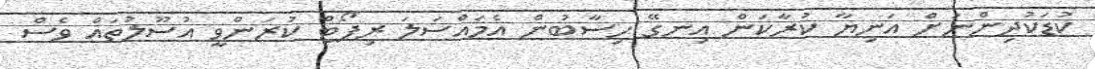
ކުޑަކުދިންނަށް އަނިޔާ ކުރާކަން އިނގޭ ހިސާބުން އެމައްސަލަ ރިޕޯޓް ކުރަންވީ އުސޫލުތައް ވެސް